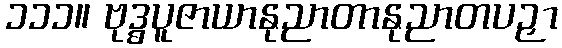
၁၁၁။ ဗုဒ္ဓပူဇာယာနုညာတာနုညာတပဉှာ